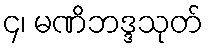
၄၊ မဏိဘဒ္ဒသုတ်